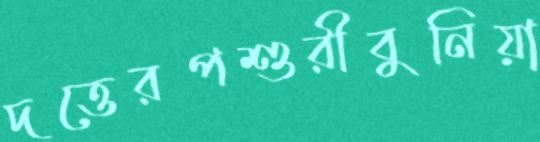
দত্তেরপশুরীবুনিয়া